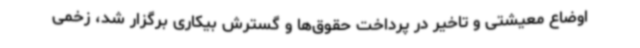
اوضاع معیشتی و تاخیر در پرداخت حقوق‌ها و گسترش بیکاری برگزار شد، زخمی